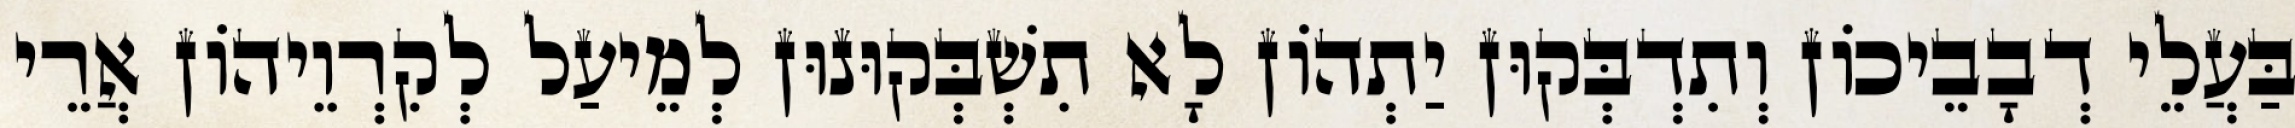
בַּעֲלֵי דְבָבֵיכוֹן וְתִדְבְּקוּן יַתְהוֹן לָא תִשְׁבְּקוּנוּן לְמֵיעַל לְקִרְוֵיהוֹן אֲרֵי